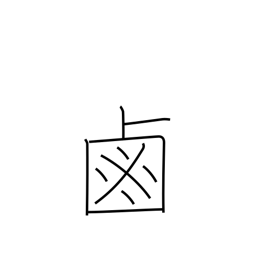
Meaning: salt